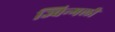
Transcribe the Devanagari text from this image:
ज्विन्गली